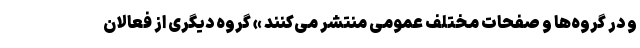
و در گروه‌ها و صفحات مختلف عمومی منتشر می‌کنند » گروه دیگری از فعالان